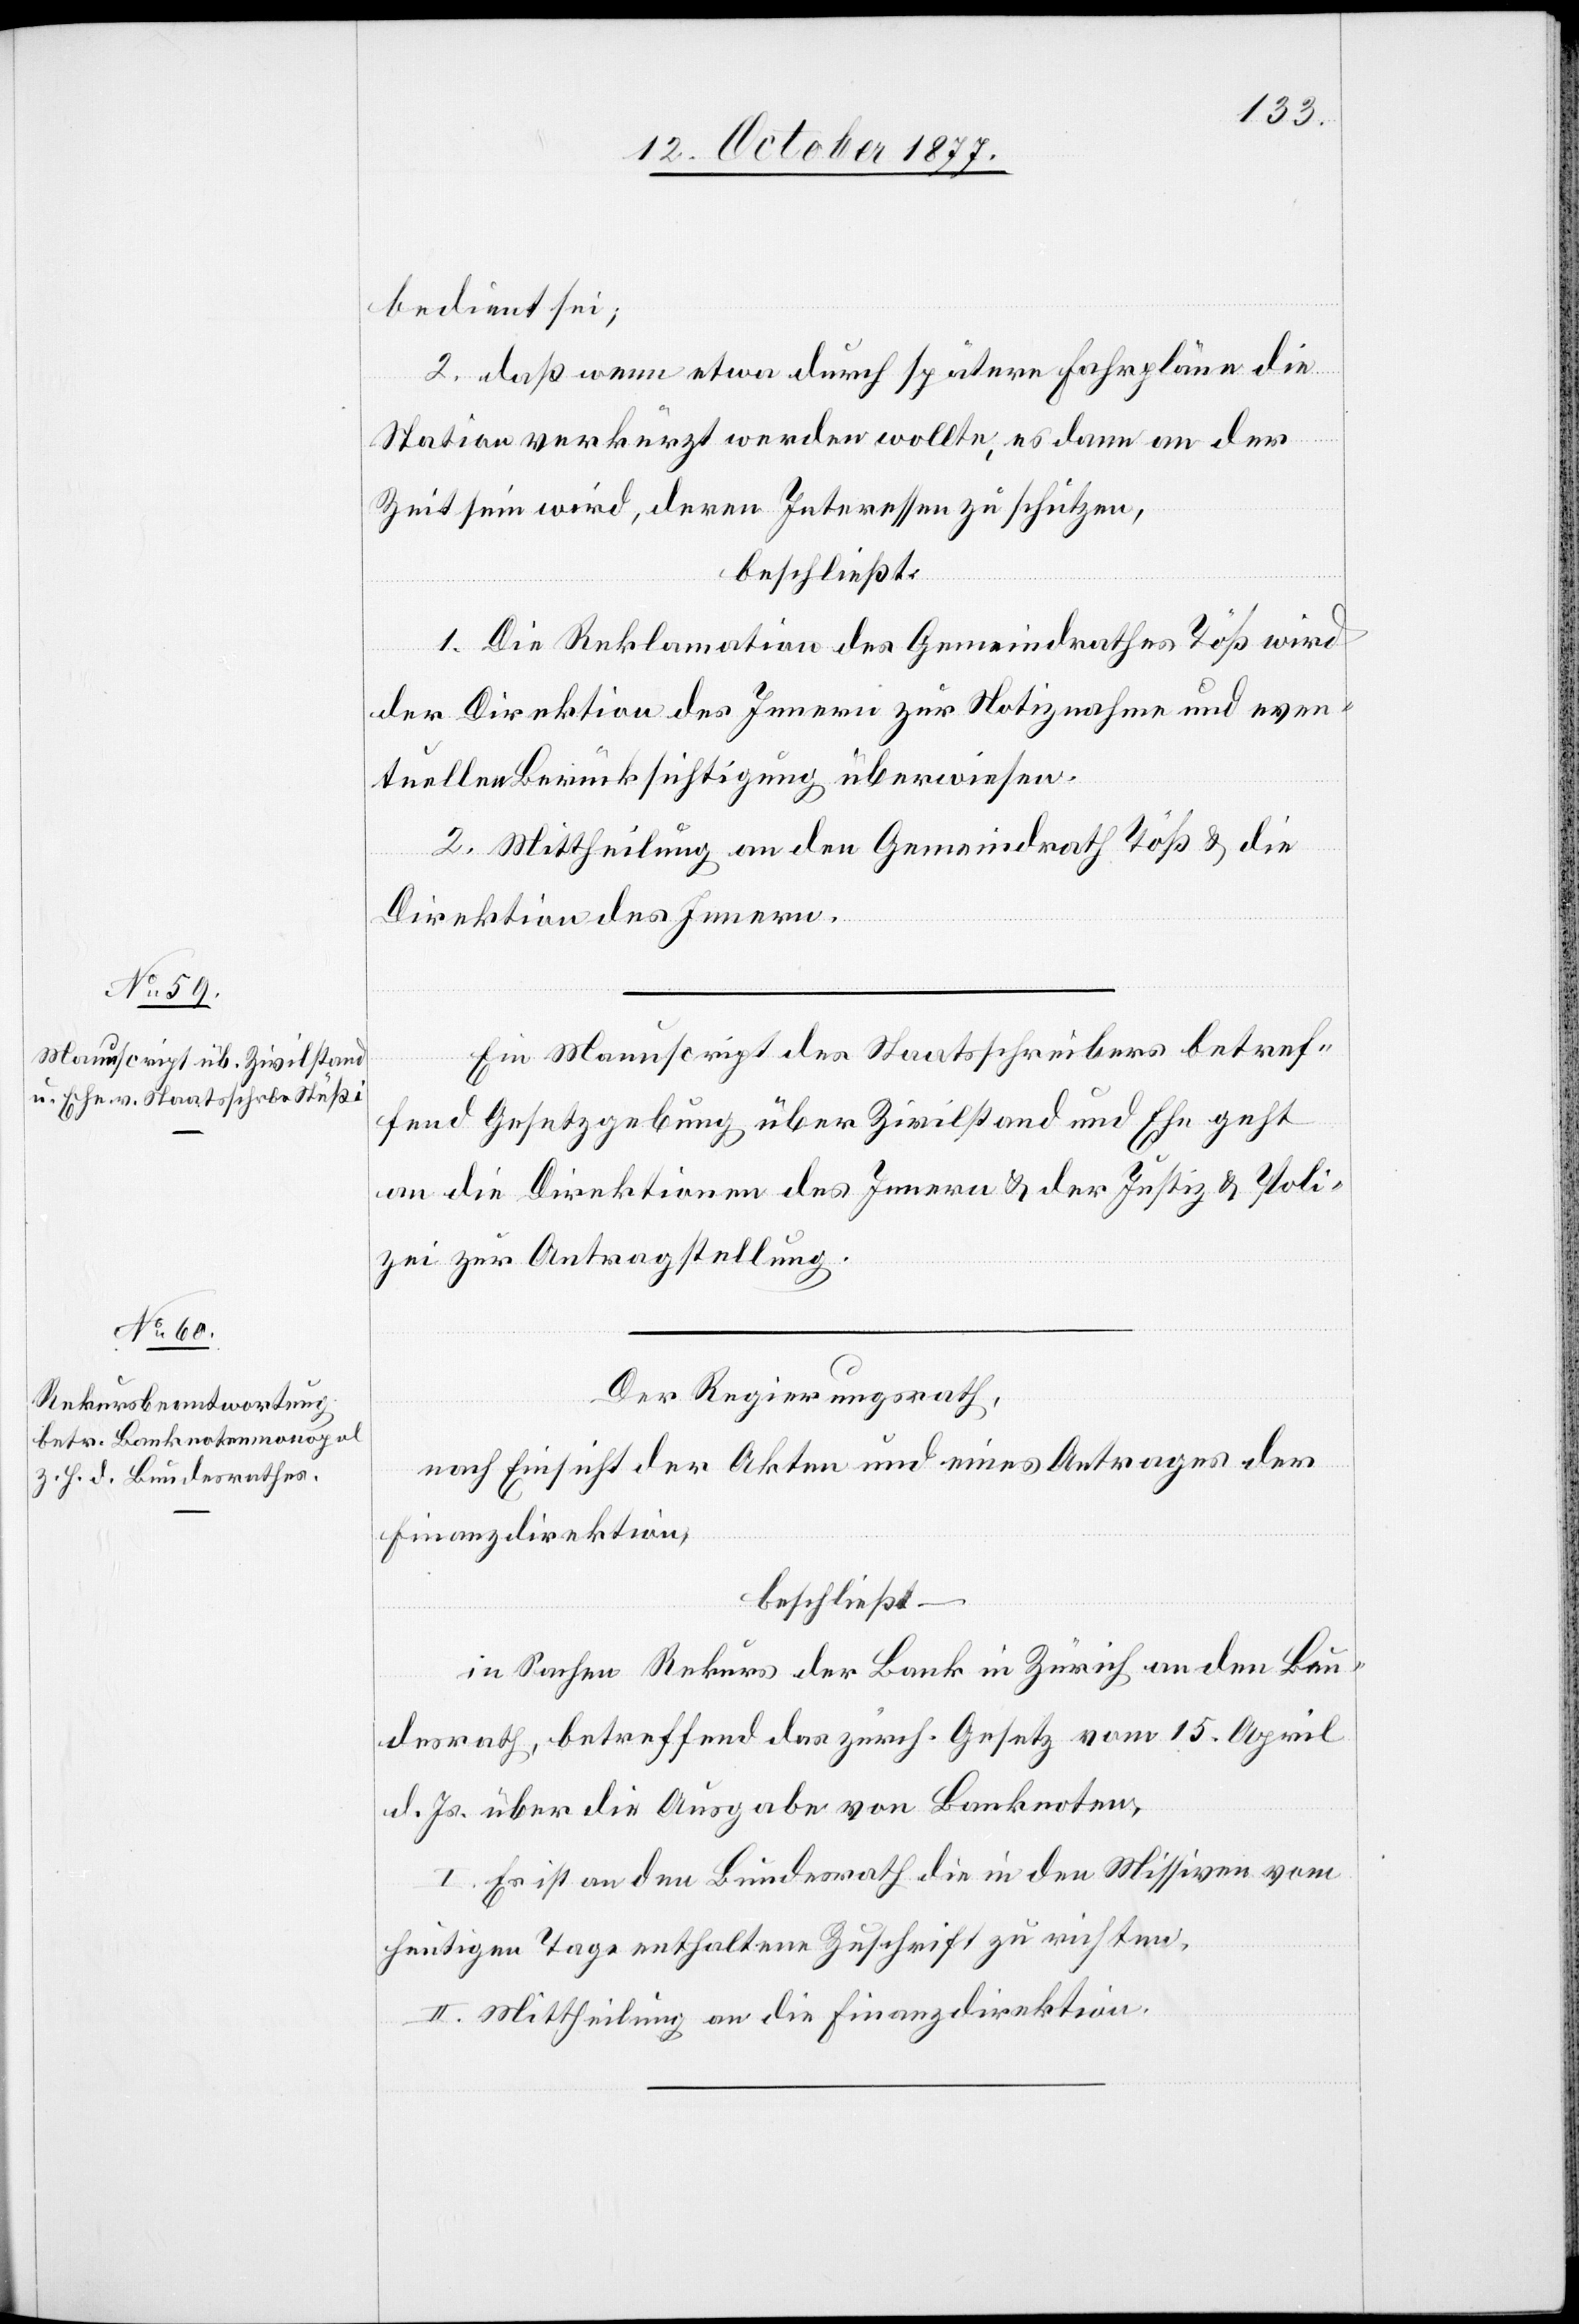
bedient sei;
2. daß wenn etwa durch spätere Fahrpläne die
Station verkürzt werden wollte, es dann an der
Zeit sein wird, deren Interessen zu schützen,
beschließt:
1. Die Reklamation des Gemeindrathes Töß wird
der Direktion des Innern zur Notiznahme und even¬
tuellen Berücksichtigung überwiesen.
2. Mittheilung an den Gemeindrath Töß & die
Direktion des Innern.
Ein Manuscript des Staatsschreibers betref¬
fend Gesetzgebung über Zivilstand und Ehe geht
an die Direktionen des Innern & der Justiz & Poli¬
zei zur Antragstellung.
Der Regierungsrath,
nach Einsicht der Akten und eines Antrages der
Finanzdirektion,
beschließt –
in Sachen Rekurs der Bank in Zürich an den Bun¬
desrath, betreffend das zürch. Gesetz vom 15. April
d. Js. über die Ausgabe von Banknoten,
I. Es ist an den Bundesrath die in den Missiven vom
heutigen Tage enthaltene Zuschrift zu richten.
II. Mittheilung an die Finanzdirektion.